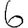
Digit: 6